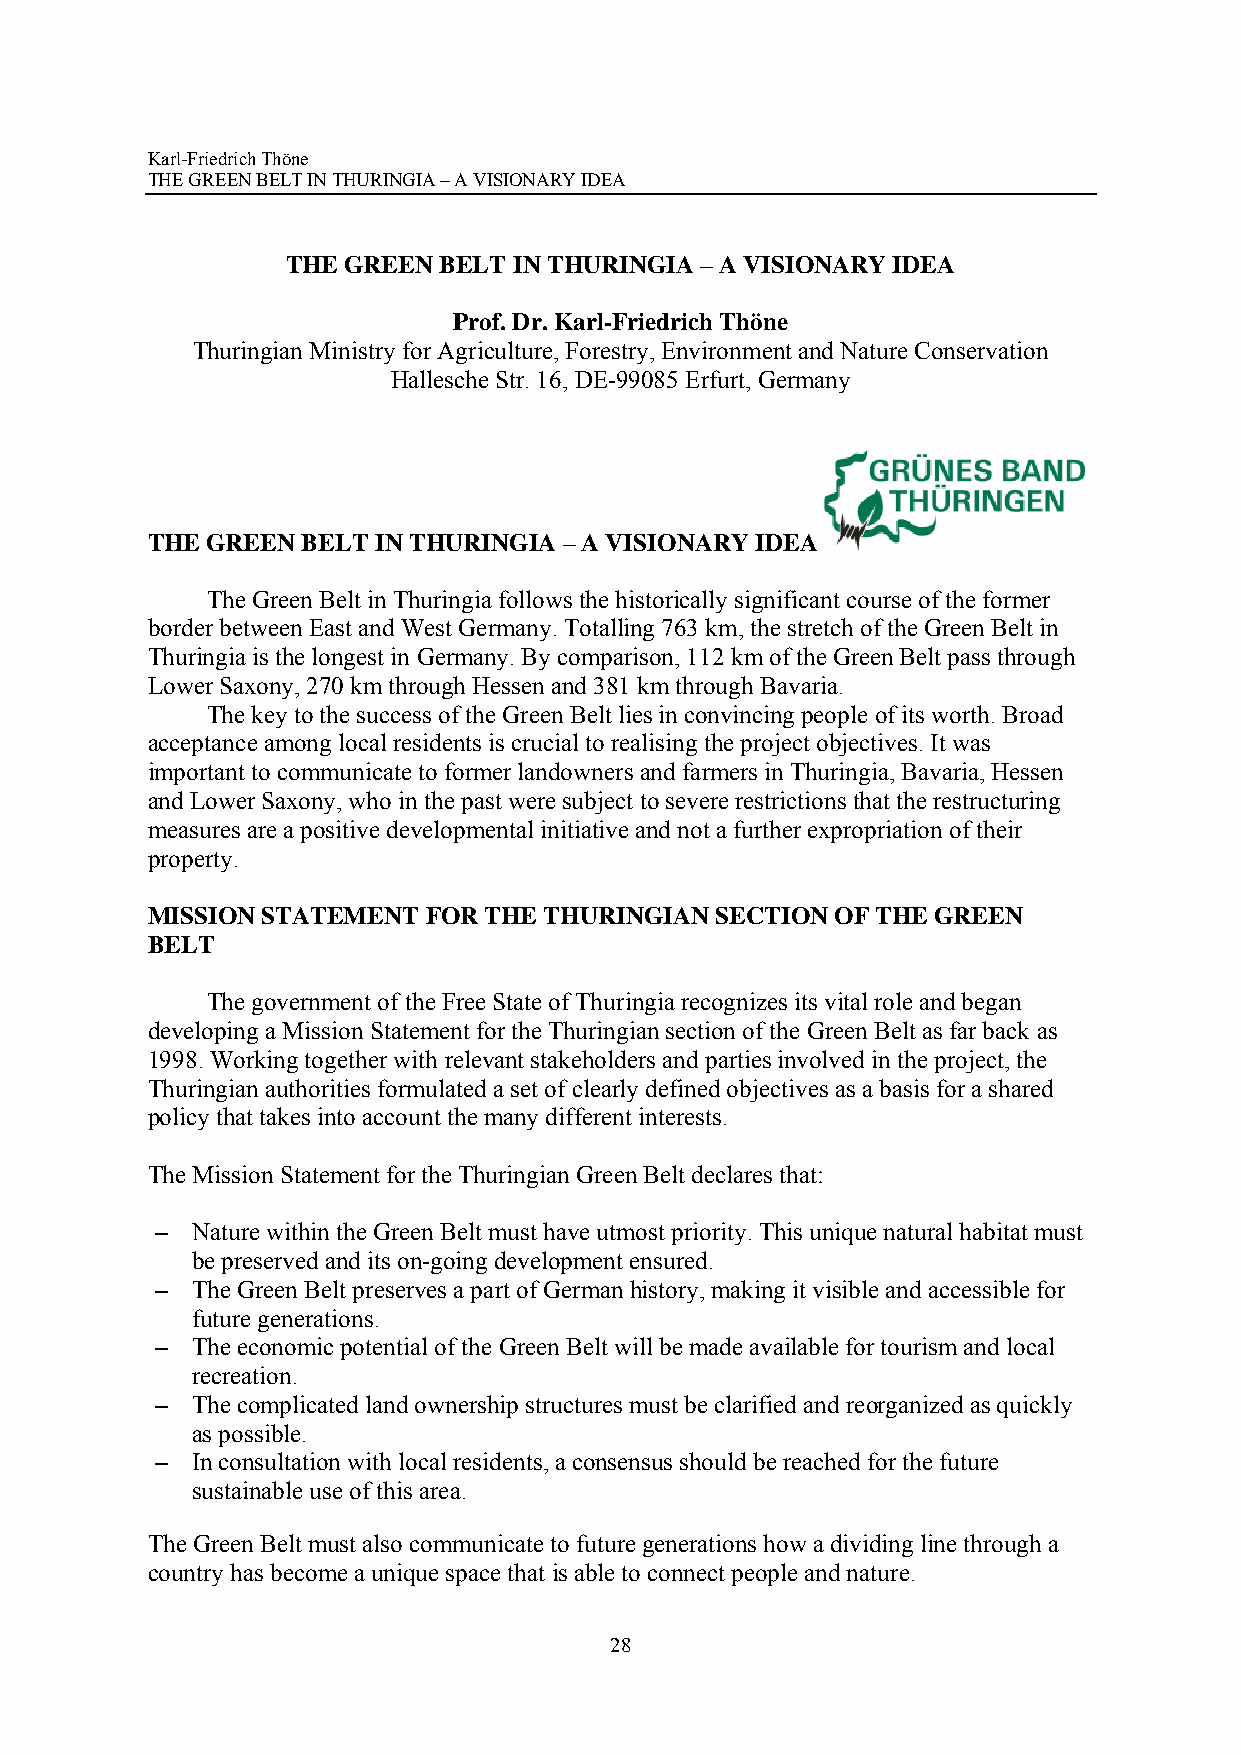
Karl-Friedrich Thöne
 THE GREEN BELT IN THURINGIA – A VISIONARY IDEA
 THE GREEN BELT IN THURINGIA – A VISIONARY IDEA
 Prof. Dr. Karl-Friedrich Thöne
 Thuringian Ministry for Agriculture, Forestry, Environment and Nature Conservation
 Hallesche Str. 16, DE-99085 Erfurt, Germany
 THE GREEN BELT IN THURINGIA – A VISIONARY IDEA
 The Green Belt in Thuringia follows the historically significant course of the former
 border between East and West Germany. Totalling 763 km, the stretch of the Green Belt in
 Thuringia is the longest in Germany. By comparison, 112 km of the Green Belt pass through
 Lower Saxony, 270 km through Hessen and 381 km through Bavaria.
 The key to the success of the Green Belt lies in convincing people of its worth. Broad
 acceptance among local residents is crucial to realising the project objectives. It was
 important to communicate to former landowners and farmers in Thuringia, Bavaria, Hessen
 and Lower Saxony, who in the past were subject to severe restrictions that the restructuring
 measures are a positive developmental initiative and not a further expropriation of their
 property.
 MISSION STATEMENT FOR THE THURINGIAN SECTION OF THE GREEN
 BELT
 The government of the Free State of Thuringia recognizes its vital role and began
 developing a Mission Statement for the Thuringian section of the Green Belt as far back as
 1998. Working together with relevant stakeholders and parties involved in the project, the
 Thuringian authorities formulated a set of clearly defined objectives as a basis for a shared
 policy that takes into account the many different interests.
 The Mission Statement for the Thuringian Green Belt declares that:
 –  Nature within the Green Belt must have utmost priority. This unique natural habitat must
 be preserved and its on-going development ensured.
 –  The Green Belt preserves a part of German history, making it visible and accessible for
 future generations.
 –  The economic potential of the Green Belt will be made available for tourism and local
 recreation.
 –  The complicated land ownership structures must be clarified and reorganized as quickly
 as possible.
 –  In consultation with local residents, a consensus should be reached for the future
 sustainable use of this area.
 The Green Belt must also communicate to future generations how a dividing line through a
 country has become a unique space that is able to connect people and nature.
 28